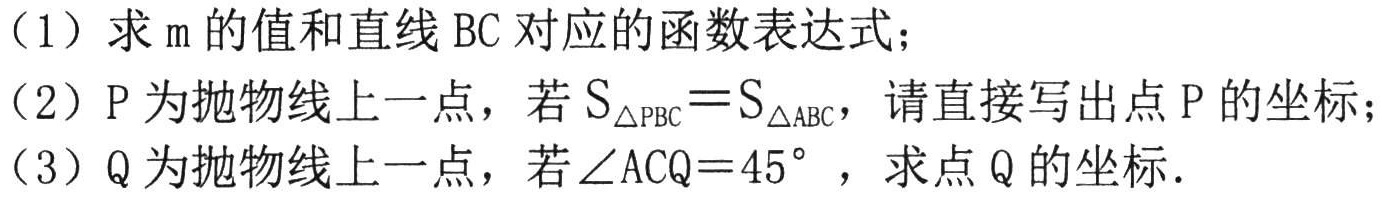
（1）求$m$的值和直线$BC$对应的函数表达式；
（2）$P$为抛物线上一点，若$S_{\triangle PBC}=S_{\triangle ABC}$，请直接写出点$P$的坐标；
（3）$Q$为抛物线上一点，若$\angle ACQ = 45^{\circ}$，求点$Q$的坐标．